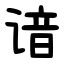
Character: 谙